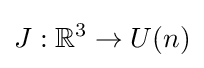
J:\mathbb {R} ^{3}\rightarrow U(n)